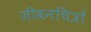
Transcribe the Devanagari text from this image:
जीवनचित्रों